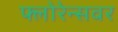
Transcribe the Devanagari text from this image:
फ्लोरेन्सवर